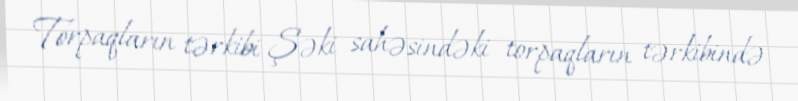
Torpaqların tərkibi Şəki sahəsindəki torpaqların tərkibində